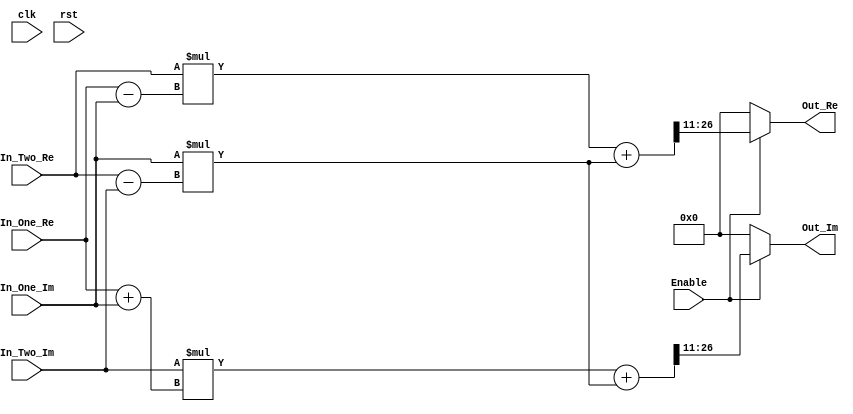
/*
Module      :   Complex Multiplier 
Auth        :   Omar  Salah El-Din
Date        :   15Jan.2024
_____________________________________

Description :
**************
Complex multiplier that takes 4 inputs the real and imaginary for 2 number are signed 
(a_r+ j a_i ) (b_r + j b_i)
 
the output should be 
                      (a_r * b_r)-(a_i*b_i)+j(a_r*b_i + b_r * a_i)
here the number of multiplication (4) and addition (2)
we want to decrease number of multiplication so we will reshape the equation 
                    {br(a_r-ai) + a_i(b_r-b_i)}    +    j{bi(ar+ai)+ai(br-bi)}

he in that new equation we have only 3 multipliers because ai(b_r-bi) is repeated and 5 addition/subtraction

*/

module multiplier #(parameter WIDTH       =16        ,
                              FIXED_POINT =11
                              )

(
  input   wire signed   [WIDTH-1:0]     In_One_Re    ,
  input   wire signed   [WIDTH-1:0]     In_One_Im    ,
  input   wire signed   [WIDTH-1:0]     In_Two_Re    ,
  input   wire signed   [WIDTH-1:0]     In_Two_Im    ,
  input   wire                          clk          ,
  input   wire                          rst          ,
  input   wire                          Enable       ,
  output  reg  signed   [WIDTH-1:0]     Out_Re       ,
  output  reg  signed   [WIDTH-1:0]     Out_Im
  );
  //First stage 3  adding\subtracting
  wire  signed [WIDTH-1:0]      subtractor_one; //(a_r-ai)
  wire  signed [WIDTH-1:0]      subtractor_two; //(b_r-b_i)
  wire  signed [WIDTH-1:0]      add_one       ; //(ar+ai)
  //Second stage 3 multiply  
  wire  signed [(2*WIDTH)-1:0]  multi_one     ; //b_r(a_r-ai) multiply br with subtractor_one
  wire  signed [(2*WIDTH)-1:0]  multi_two     ; //a_i(b_r-bi) multiply ai with subtractor_two
  wire  signed [(2*WIDTH)-1:0]  multi_three   ; //b_i(a_r+ai) multiply bi with add_one
  //Third stage 2 adder
  wire  signed [2*WIDTH:0]      add_re        ; //br(a_r-ai) + a_i(b_r-b_i) add multi_one   with multi_two
  wire  signed [2*WIDTH:0]      add_im        ; //bi(ar+ai)+ai(br-bi)       add multi_three with multi_two

//First stage implementation
assign subtractor_one   =   In_One_Re-In_One_Im;
assign subtractor_two   =   In_Two_Re-In_Two_Im;
assign add_one          =   In_One_Re+In_One_Im;

//Second stage implementation
assign multi_one     =   In_Two_Re  * subtractor_one;
assign multi_two     =   In_One_Im  * subtractor_two;
assign multi_three   =   In_Two_Im  * add_one       ;

//Third stage implementation
assign add_re       =    multi_one   + multi_two      ;
assign add_im       =    multi_three + multi_two      ;


/*always @(posedge clk or negedge rst)
begin
  if(!rst)//asynchronus reset
    begin
      Out_Re  <=  'b0;
      Out_Im  <=  'b0;
    end
  else*/
always @ (*)
begin
     if(Enable)
       begin
        Out_Re = add_re[WIDTH+FIXED_POINT-1:FIXED_POINT] ;
        Out_Im = add_im[WIDTH+FIXED_POINT-1:FIXED_POINT] ;
       end
     else
      begin
        Out_Re  =  'b0;
        Out_Im  =  'b0;  
      end
end
endmodule
/*--------------------------------------------------Mapping----------------------------------------------------------------

multiplier #(.WIDTH(),.FIXED_POINT()) Instanse_Name

(
.In_One_Re   () ,
.In_One_Im   () ,
.In_Two_Re   () ,
.In_Two_Im   () ,
.clk         () ,
.rst         () ,
.Enable      () ,
.Out_Re      () ,
.Out_Im      ()
  );
*/
/*-------------------------------------------------Last Edit------------------------------------------------------------
|       Name        |       Date        |       Comment       |                
|                   |                   |                     |
|                   |                   |                     |
|                   |                   |                     |
*/